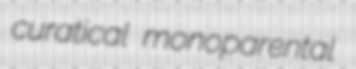
curatical monoparental